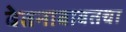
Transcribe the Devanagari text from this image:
वेतनाबाबतचा